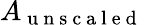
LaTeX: A_{\mathrm{~u~n~s~c~a~l~e~d~}}